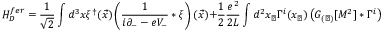
H _ { D } ^ { f e r } = \frac { 1 } { \sqrt { 2 } } \int d ^ { 3 } x \xi ^ { \dagger } ( \vec { x } ) \left( \frac { 1 } { i \partial _ { - } - e V _ { - } } \ast \xi \right) ( \vec { x } ) + \frac 1 2 \frac { e ^ { 2 } } { 2 L } \int d ^ { 2 } x _ { \perp } \Gamma ^ { i } ( x _ { \perp } ) \left( { \cal G } _ { ( \perp ) } [ { \cal M } ^ { 2 } ] \ast \Gamma ^ { i } \right) ( x _ { \perp } )